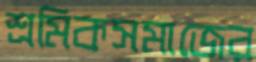
শ্রমিকসমাজের